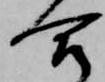
合